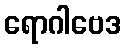
ရောဂါဗေဒ